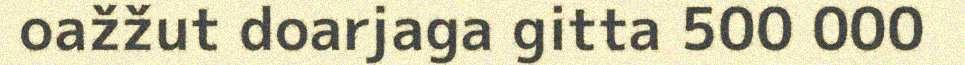
oažžut doarjaga gitta 500 000